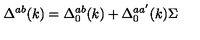
\Delta ^ { a b } ( k ) = \Delta _ { 0 } ^ { a b } ( k ) + \Delta _ { 0 } ^ { a a ^ { \prime } } ( k ) { \Sigma }